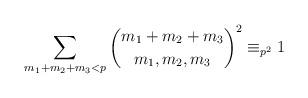
LaTeX: \begin{align*} \sum_{m_1+m_2+m_3<p}\binom{m_1+m_2+m_3}{m_1,m_2,m_3}^2\equiv_{p^2}1 \end{align*}